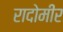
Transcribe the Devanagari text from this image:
रादोमीर